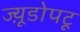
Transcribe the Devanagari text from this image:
ज्य़ूडोपटू